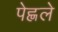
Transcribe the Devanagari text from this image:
पेह्लले